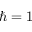
\hbar = 1